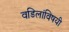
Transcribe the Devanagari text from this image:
वडिलांविषयी